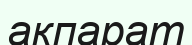
акпарат